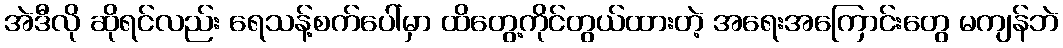
အဲဒီလို ဆိုရင်လည်း ရေသန့်စက်ပေါ်မှာ ထိတွေ့ကိုင်တွယ်ထားတဲ့ အရေးအကြောင်းတွေ မကျန်ဘဲ